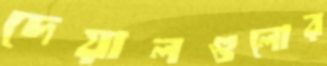
দেয়ালগুলোর